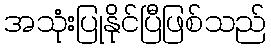
အသုံးပြုနိုင်ပြီဖြစ်သည်